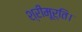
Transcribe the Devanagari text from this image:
श्रीमूर्ति।